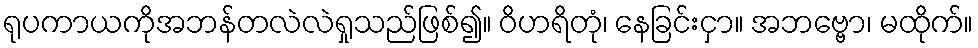
ရုပကာယကိုအဘန်တလဲလဲရှုသည်ဖြစ်၍။ ဝိဟရိတုံ၊ နေခြင်းငှာ။ အဘဗ္ဗော၊ မထိုက်။